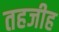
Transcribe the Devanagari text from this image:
तहजीह